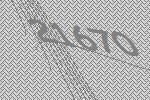
21670